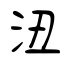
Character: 沑